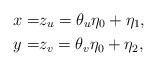
LaTeX: \begin{align*}x=&z_u=\theta_u\eta_0+\eta_1,\\y=&z_v=\theta_v\eta_0+\eta_2,\end{align*}